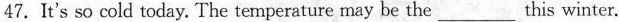
47.It's so cold today. The temperature may be the___this winter.